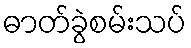
ဓာတ်ခွဲစမ်းသပ်